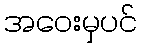
အဝေးမှပင်